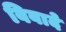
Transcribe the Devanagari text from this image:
विवादे